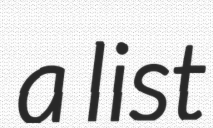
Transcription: a list